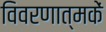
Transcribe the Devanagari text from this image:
विवरणात्मकें